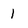
Character: 1